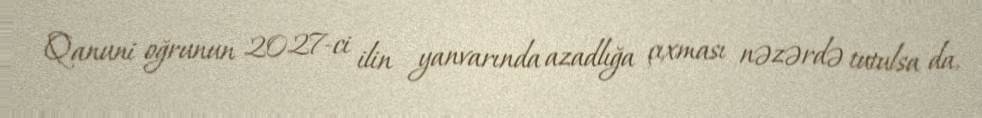
Qanuni oğrunun 2027-ci ilin yanvarında azadlığa çıxması nəzərdə tutulsa da,